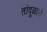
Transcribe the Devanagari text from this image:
तांदूळाचे